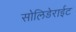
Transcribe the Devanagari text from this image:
सोलिडेराईट